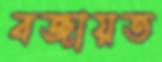
বজায়ত